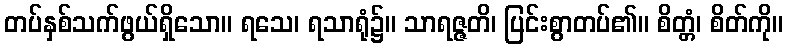
တပ်နှစ်သက်ဖွယ်ရှိသော။ ရသေ၊ ရသာရုံ၌။ သာရဇ္ဇတိ၊ ပြင်းစွာတပ်၏။ စိတ္တံ၊ စိတ်ကို။